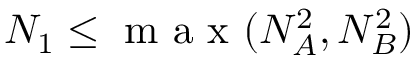
N _ { 1 } \leq \mathrm { ~ m ~ a ~ x ~ } ( N _ { A } ^ { 2 } , N _ { B } ^ { 2 } )